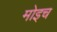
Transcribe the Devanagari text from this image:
मोइच